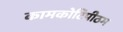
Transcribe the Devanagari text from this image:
कामकोटिपीठम